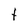
Character: t